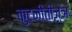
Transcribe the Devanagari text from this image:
कुटनीतीज्ञ